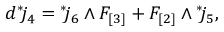
d { } ^ { * } \! j _ { 4 } = { } ^ { * } \! j _ { 6 } \wedge F _ { [ 3 ] } + F _ { [ 2 ] } \wedge { } ^ { * } \! j _ { 5 } ,